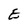
Character: E